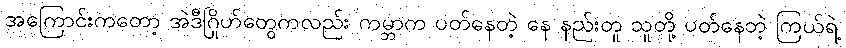
အကြောင်းကတော့ အဲဒီဂြိုဟ်တွေကလည်း ကမ္ဘာက ပတ်နေတဲ့ နေ နည်းတူ သူတို့ ပတ်နေတဲ့ ကြယ်ရဲ့